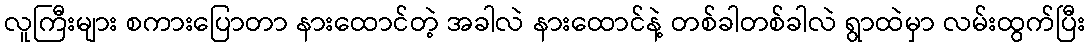
လူကြီးများ စကားပြောတာ နားထောင်တဲ့ အခါလဲ နားထောင်နဲ့ တစ်ခါတစ်ခါလဲ ရွာထဲမှာ လမ်းထွက်ပြီး